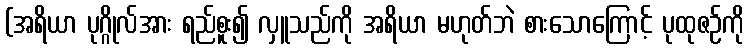
(အရိယာ ပုဂ္ဂိုလ်အား ရည်စူး၍ လှူသည်ကို အရိယာ မဟုတ်ဘဲ စားသောကြောင့် ပုထုဇဉ်ကို